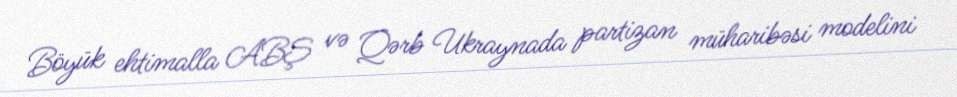
Böyük ehtimalla ABŞ və Qərb Ukraynada partizan müharibəsi modelini